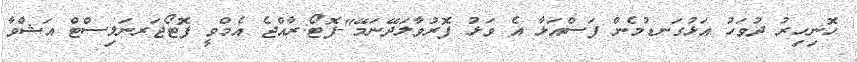
ހޮނިހިރު ދުވަހު އަޅުގަނޑުމެން ފަސްއަޅާ އެ ވަޅު ފޮރުވާލަދޭނަމޭ"-ފޮޓޯ:ރާއްޖެ އެމްވީ ފޮޓޯޖަރނަލިސްޓް އަޝްވާ